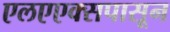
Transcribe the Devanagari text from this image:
एलएएक्सपासून